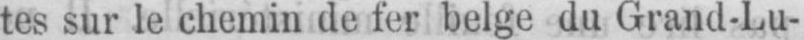
tes sur le chemin de fer belge du Grand-Lu-